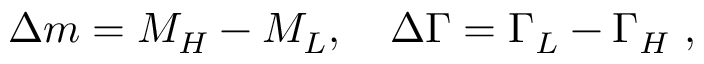
\Delta m = M _ { H } - M _ { L } , \quad \Delta \Gamma = \Gamma _ { L } - \Gamma _ { H } ~ ,